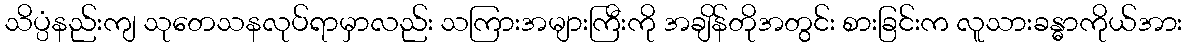
သိပ္ပံနည်းကျ သုတေသနလုပ်ရာမှာလည်း သကြားအများကြီးကို အချိန်တိုအတွင်း စားခြင်းက လူသားခန္ဓာကိုယ်အား